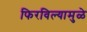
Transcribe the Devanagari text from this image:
फिरविल्यामुळे